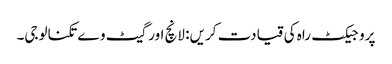
پروجیکٹ راہ کی قیادت کریں: لانچ اور گیٹ وے تکنالوجی۔